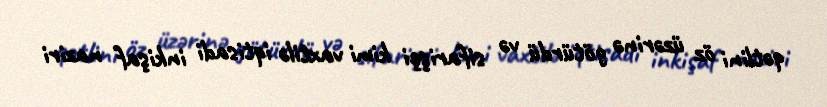
qətlini öz üzərinə götürdü və sifarişçi kimi vaxtilə iqtisadi inkişaf naziri